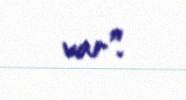
var”.